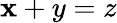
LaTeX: \mathbf{x}+y=z